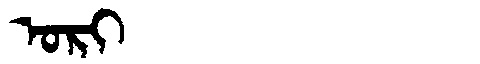
Manchu: ᠣᡵᡳ
Romanization: ORI